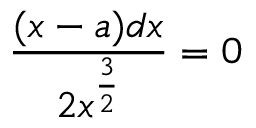
{ \frac { ( x - a ) d x } { 2 x ^ { \frac { 3 } { 2 } } } } = 0